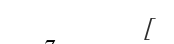
[